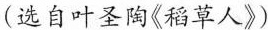
(选自叶圣陶《稻草人》)